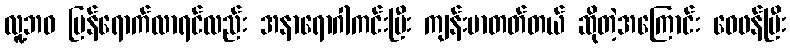
လူ့ဘဝ ပြန်ရောက်လာရင်လည်း အနာရောဂါကင်းပြီး ကျန်းမာတတ်တယ် ဆိုတဲ့အကြောင်း ဝေဖန်ပြီး